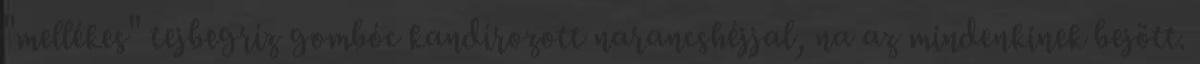
"mellékes" tejbegríz gombóc kandírozott narancshéjjal, na az mindenkinek bejött.